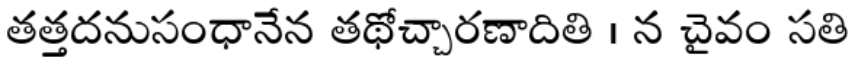
తత్తదనుసంధానేన తథోచ్చారణాదితి । న చైవం సతి